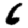
Digit: 6